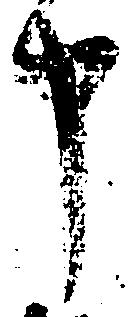
申